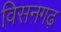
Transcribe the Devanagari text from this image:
विसनगढ़